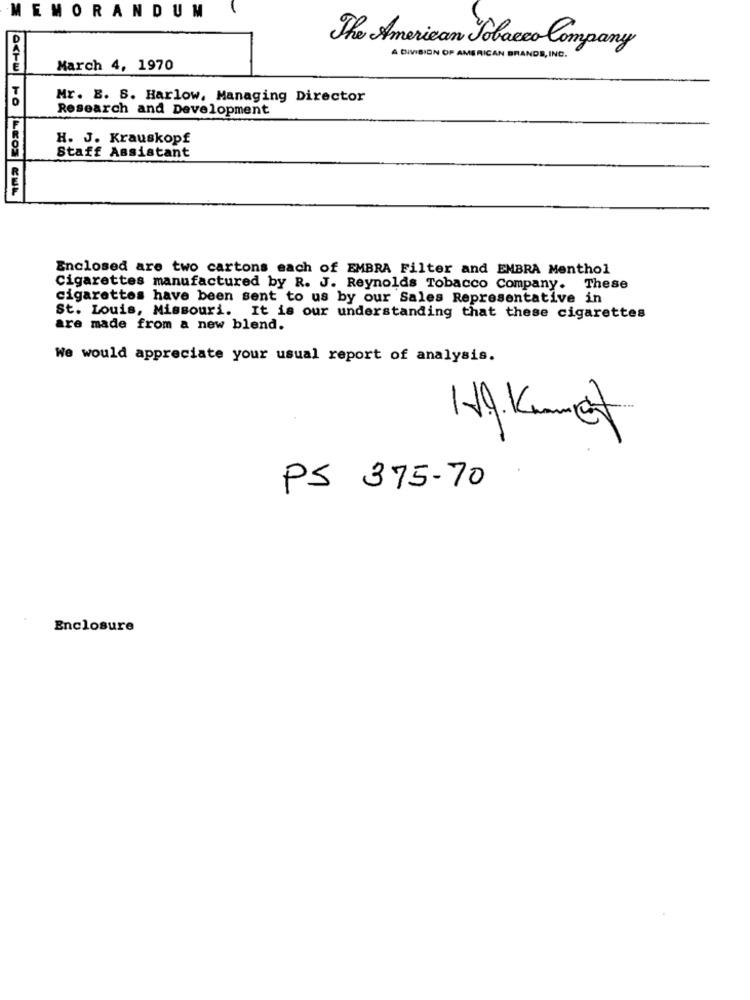
EMORANDUM
The American Tobacco Company
A DIVISION OF AMERICAN BRANDE, INC.
March 4, 1970
Mr. B. S. Harlow, Managing Director
Research and Development
H. J. Krauskopf
Staff Assistant
Enclosed are two cartons each of EMBRA Filter and EMBRA Menthol
Cigarettes manufactured by R. J. Reynolds Tobacco Company. These
cigarettes have been sent to us by our Sales Representative in
St. Louis, Missouri. It is our understanding that these cigarettes
are made from a new blend.
We would appreciate your usual report of analysis.
PS 375-70
Enclosure